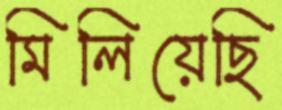
মিলিয়েছি